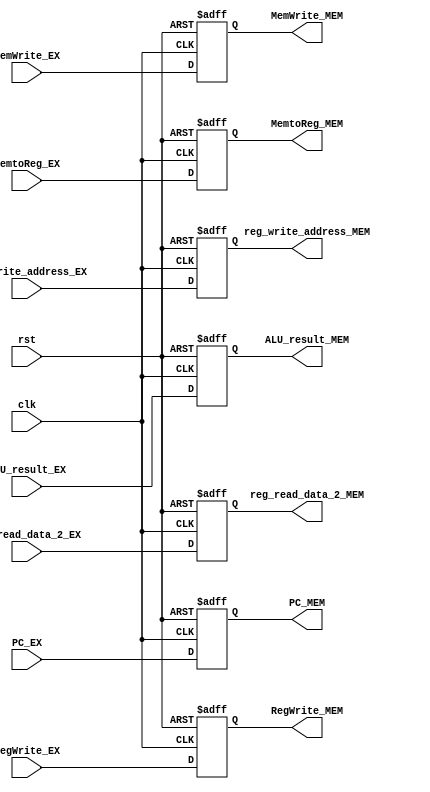
`timescale 1ns/1ps
module EX_MEM (
    input clk ,
    input rst ,
    input RegWrite_EX ,
    input MemWrite_EX ,
    input [1 : 0] MemtoReg_EX ,
    input [31 : 0] ALU_result_EX ,
    input [31 : 0] reg_read_data_2_EX ,
    input [4 : 0] reg_write_address_EX ,
    input [31 : 0] PC_EX ,
    output reg [31 : 0] PC_MEM ,
    output reg RegWrite_MEM ,
    output reg MemWrite_MEM ,
    output reg [1 : 0] MemtoReg_MEM ,
    output reg [31 : 0] ALU_result_MEM ,
    output reg [31 : 0] reg_read_data_2_MEM ,
    output reg [4 : 0] reg_write_address_MEM 
    
); 

always @(posedge clk or posedge rst) begin
    
    if (rst == 1) begin
        RegWrite_MEM <= 0 ;
        MemWrite_MEM <= 0 ;
        MemtoReg_MEM <= 0 ;
        ALU_result_MEM <= 0 ;
        reg_read_data_2_MEM <= 0 ;
        reg_write_address_MEM <= 0 ;
        PC_MEM <= 0 ;
    end

    else begin
        RegWrite_MEM <= RegWrite_EX ;
        MemWrite_MEM <= MemWrite_EX ;
        MemtoReg_MEM <= MemtoReg_EX ;
        ALU_result_MEM <= ALU_result_EX ;
        reg_read_data_2_MEM <= reg_read_data_2_EX ;
        reg_write_address_MEM <= reg_write_address_EX ;     
        PC_MEM <= PC_EX ;   
    end

end

endmodule //EX_MEM